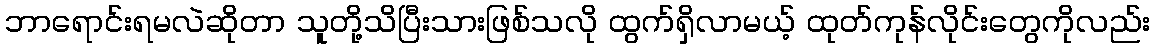
ဘာရောင်းရမလဲဆိုတာ သူတို့သိပြီးသားဖြစ်သလို ထွက်ရှိလာမယ့် ထုတ်ကုန်လိုင်းတွေကိုလည်း